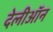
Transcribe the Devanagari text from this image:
देलीऑन